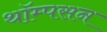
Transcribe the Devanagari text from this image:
थॉम्‍पसन